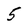
Character: 5